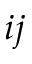
i j